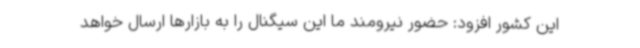
این کشور افزود: حضور نیرومند ما این سیگنال را به بازارها ارسال خواهد